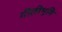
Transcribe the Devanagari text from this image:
गीलीभूमि